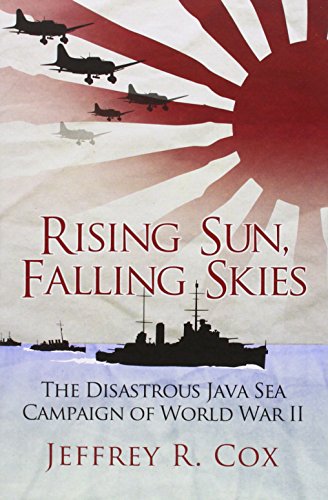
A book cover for Rising Sun, Falling Skies: The Disastrous Java Sea Campaign of World War II (General Military); Jeffrey Cox; History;